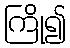
ကြို၍